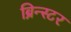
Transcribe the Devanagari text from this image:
ब्रिन्स्टर